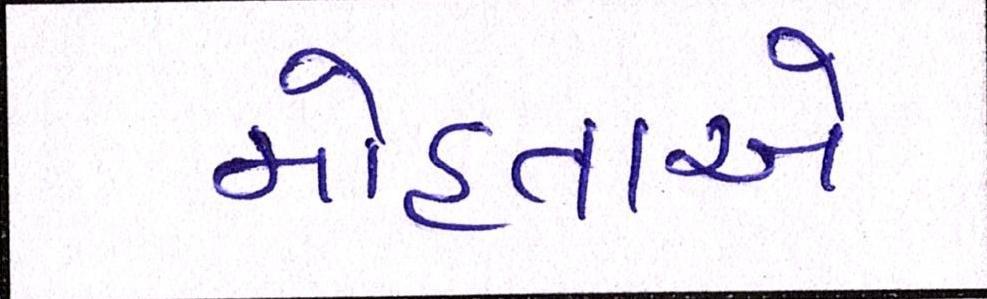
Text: મોહતાએ